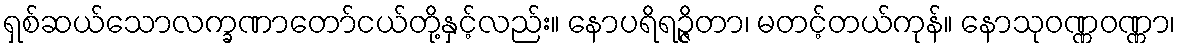
ရှစ်ဆယ်သောလက္ခဏာတော်ငယ်တို့နှင့်လည်း။ နောပရိရဉ္ဇိတာ၊ မတင့်တယ်ကုန်။ နောသုဝဏ္ဏဝဏ္ဏာ၊